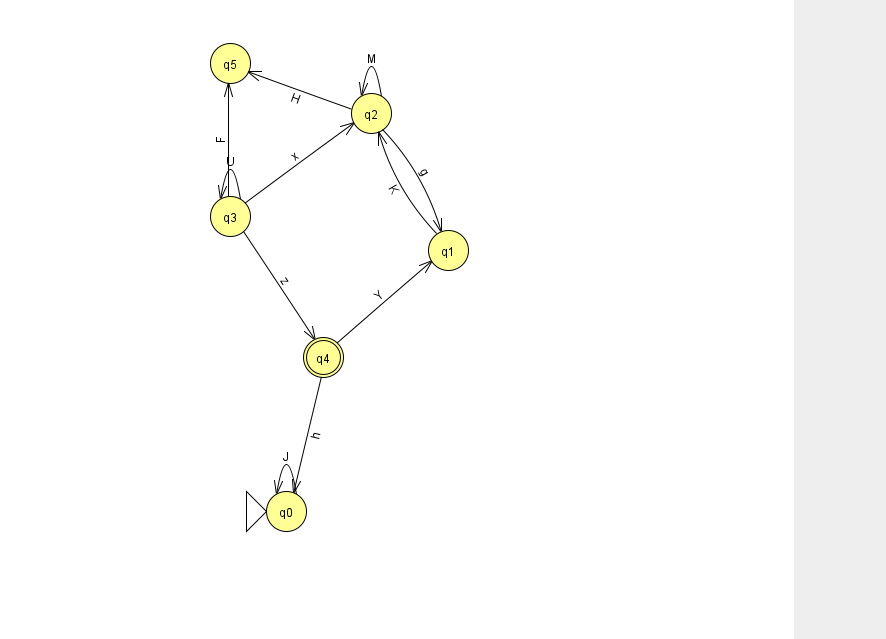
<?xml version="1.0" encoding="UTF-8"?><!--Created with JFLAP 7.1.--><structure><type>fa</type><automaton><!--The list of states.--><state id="0" name="q0"><x>286.0</x><y>498.0</y><initial/></state><state id="1" name="q1"><x>448.0</x><y>237.0</y></state><state id="2" name="q2"><x>371.0</x><y>100.0</y></state><state id="3" name="q3"><x>230.0</x><y>203.0</y></state><state id="4" name="q4"><x>323.0</x><y>344.0</y><final/></state><state id="5" name="q5"><x>230.0</x><y>50.0</y></state><!--The list of transitions.--><transition><from>3</from><to>2</to><read>x</read></transition><transition><from>2</from><to>1</to><read>g</read></transition><transition><from>3</from><to>3</to><read>U</read></transition><transition><from>4</from><to>1</to><read>Y</read></transition><transition><from>2</from><to>5</to><read>H</read></transition><transition><from>0</from><to>0</to><read>J</read></transition><transition><from>3</from><to>4</to><read>z</read></transition><transition><from>2</from><to>2</to><read>M</read></transition><transition><from>4</from><to>0</to><read>h</read></transition><transition><from>3</from><to>5</to><read>F</read></transition><transition><from>1</from><to>2</to><read>K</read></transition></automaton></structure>